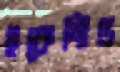
ইফেক্টিভ